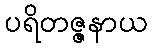
ပရိတဇ္ဇနာယ